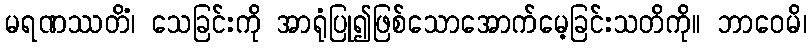
မရဏဿတိံ၊ သေခြင်းကို အာရုံပြု၍ဖြစ်သောအောက်မေ့ခြင်းသတိကို။ ဘာဝေမိ၊